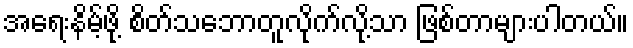
အရေးနိမ့်ဖို့ စိတ်သဘောတူလိုက်လို့သာ ဖြစ်တာများပါတယ်။